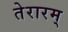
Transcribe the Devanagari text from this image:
तेरारम्‌